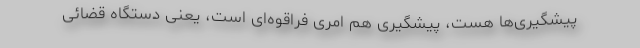
پیشگیری‌ها هست، پیشگیری هم امری فراقوه‌ای است، یعنی دستگاه قضائی